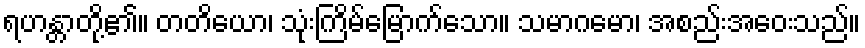
ရဟန္တာတို့၏။ တတိယော၊ သုံးကြိမ်မြောက်သော။ သမာဂမော၊ အစည်းအဝေးသည်။